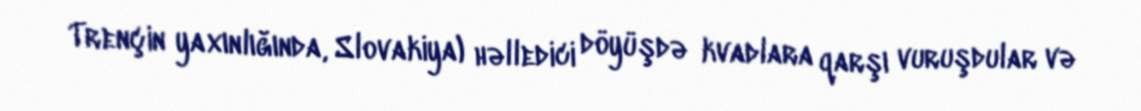
Trençin yaxınlığında, Slovakiya) həlledici döyüşdə kvadlara qarşı vuruşdular və